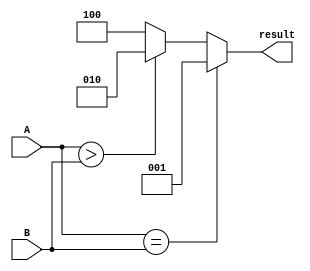
module signed_comparator (
    input signed [7:0] A,
    input signed [7:0] B,
    output reg [2:0] result
);

reg overflow;

always @* begin
    if (A == B) begin
        result = 3'b001; // A is equal to B
    end else if (A > B) begin
        result = 3'b010; // A is greater than B
    end else begin
        result = 3'b100; // A is less than B
    end
end

always @* begin
    if ((A[7] ^ B[7]) && (result == 3'b010 || result == 3'b100)) begin
        // Detect overflow
        overflow = 1;
    end else begin
        overflow = 0;
    end
end

endmodule